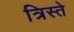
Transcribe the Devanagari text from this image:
त्रिस्ते